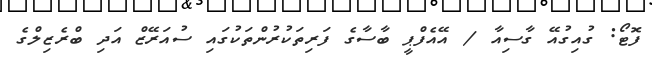
ފޮޓޯ: ގުއިގުއޭ ގާސިއާ / އޭއެފްޕީ ބާސާގެ ފަރިތަކުރުންތަކުގައި ސުއަރޭޒް އަދި ބްރެޒިލްގެ